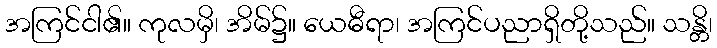
အကြင်ငါ၏။ ကုလမှိ၊ အိမ်၌။ ယေဓီရာ၊ အကြင်ပညာရှိတို့သည်။ သန္တိ၊